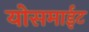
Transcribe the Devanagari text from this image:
योसमाईट